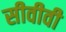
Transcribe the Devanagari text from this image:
सीवीवी